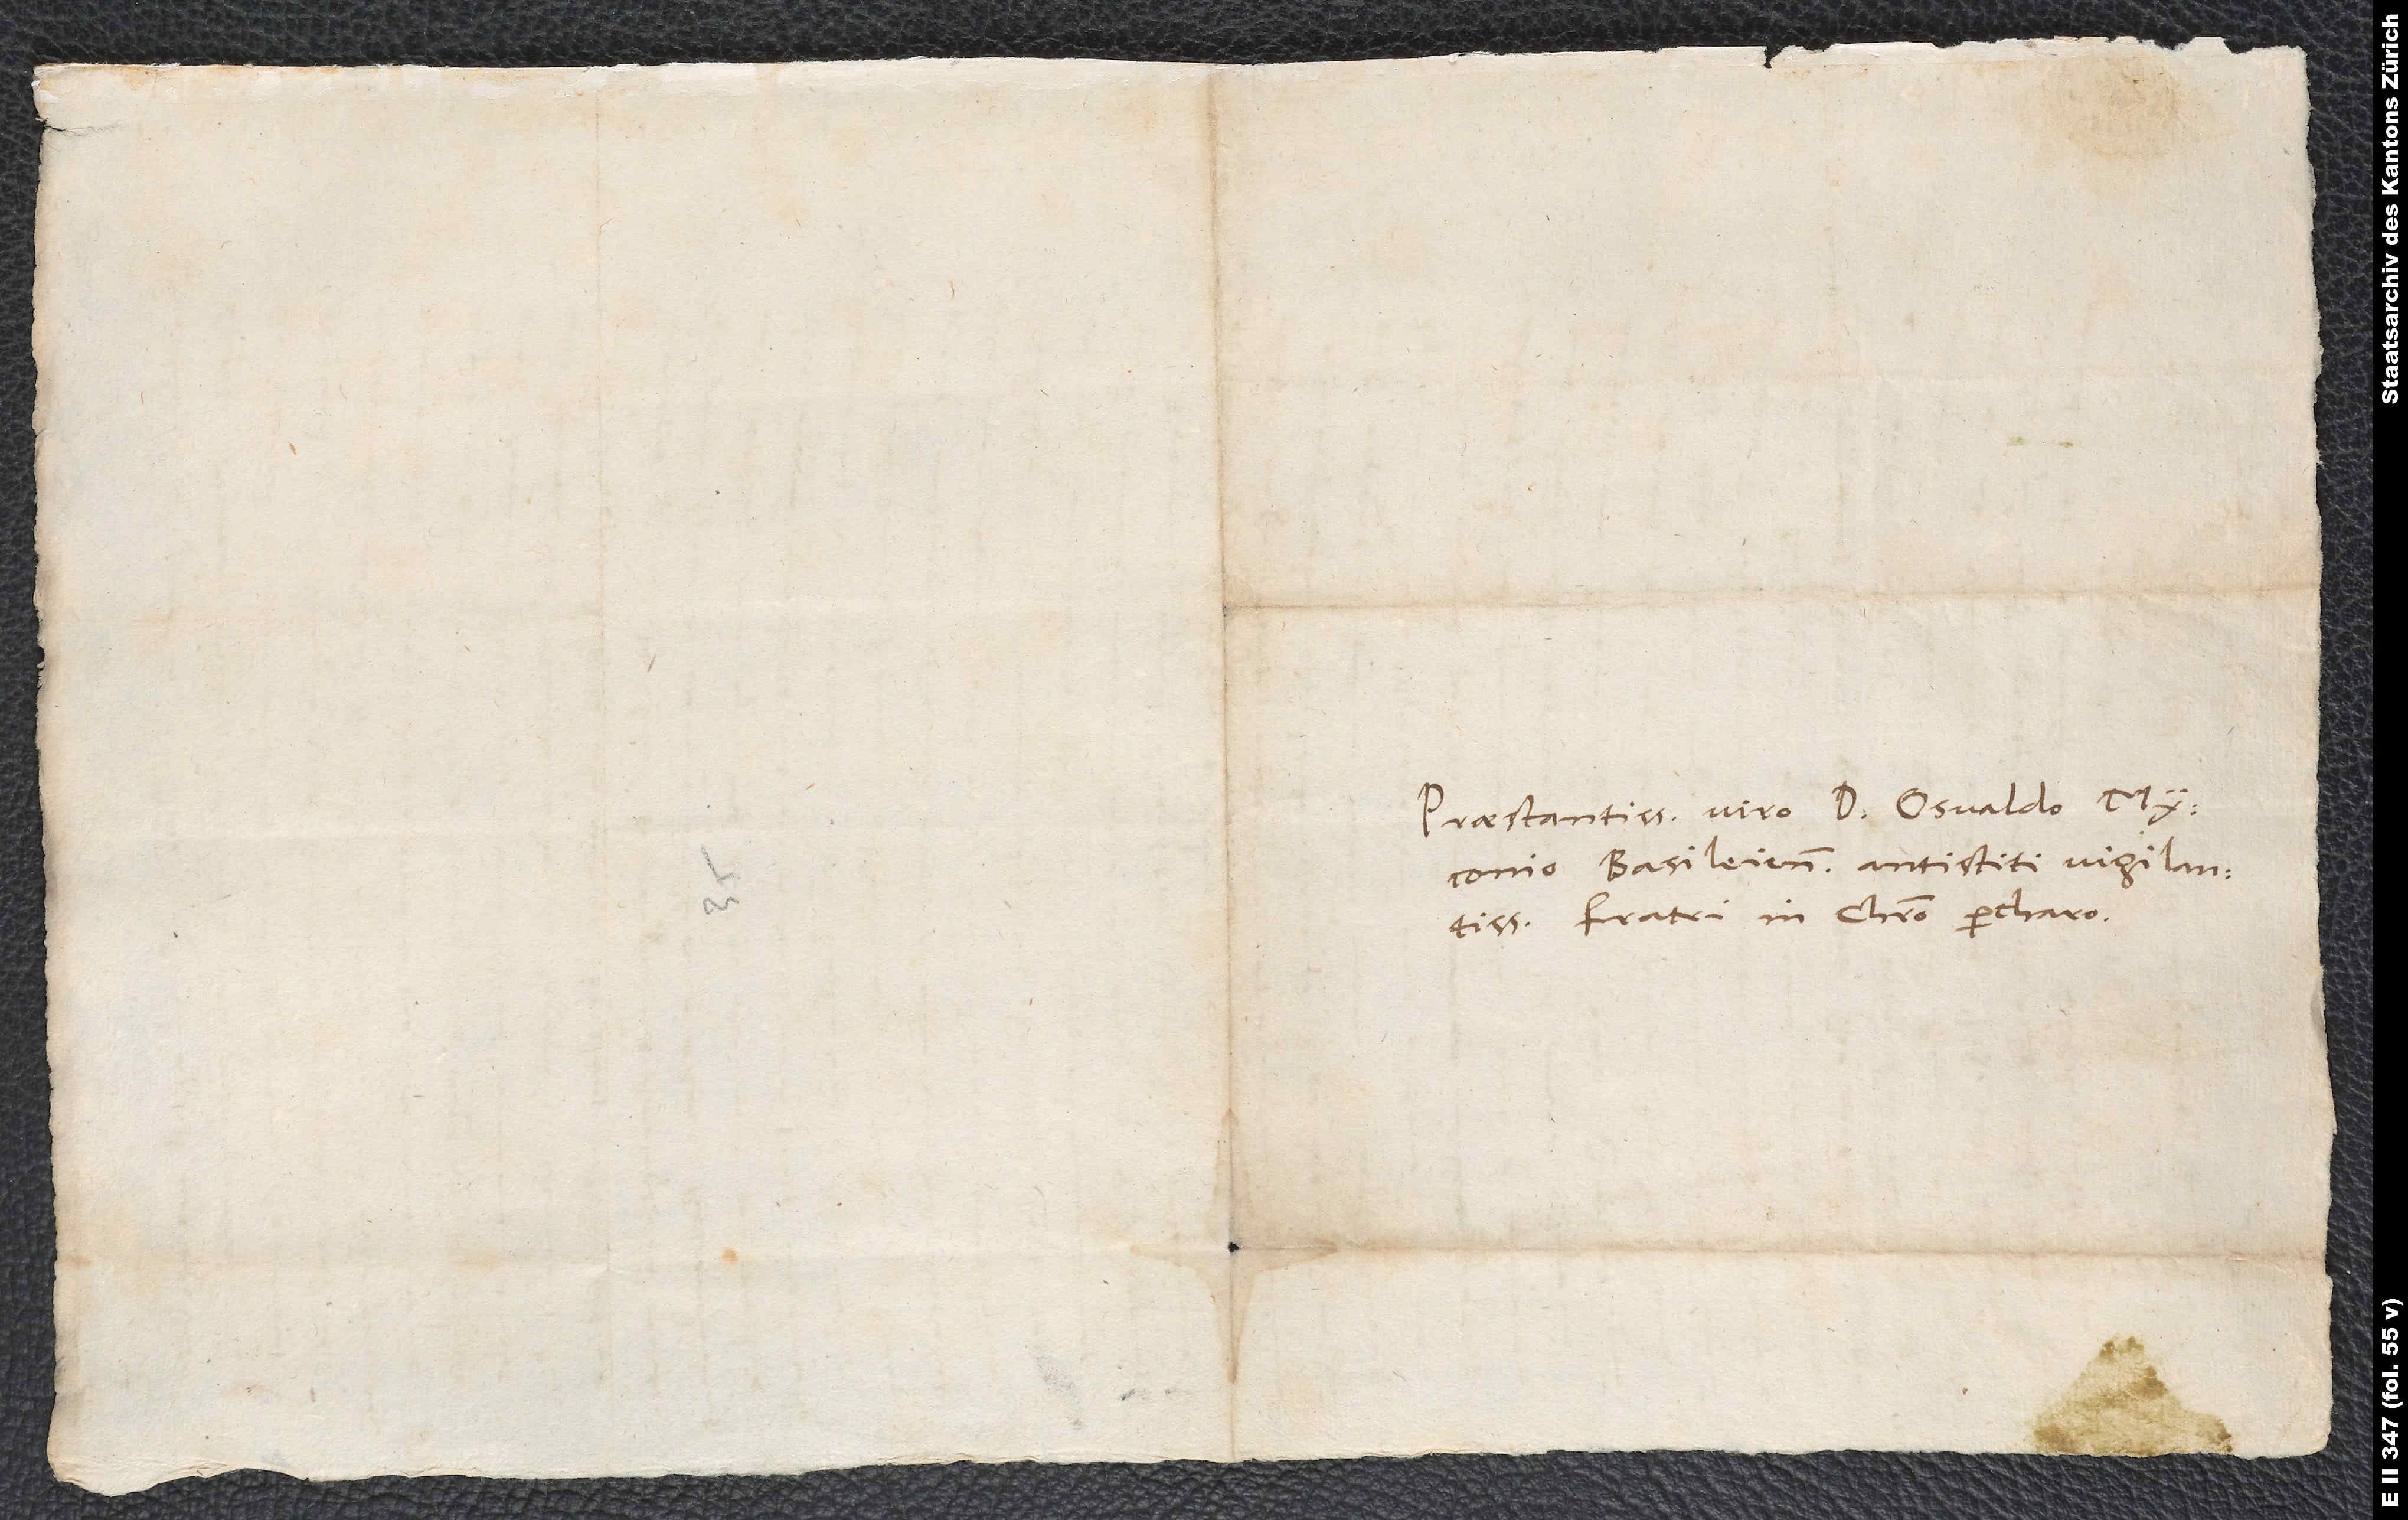
Praestantissimo viro d. Osvaldo Myconio,
Basileiensium antistiti vigilantissimo,
fratri in Christo percharo.